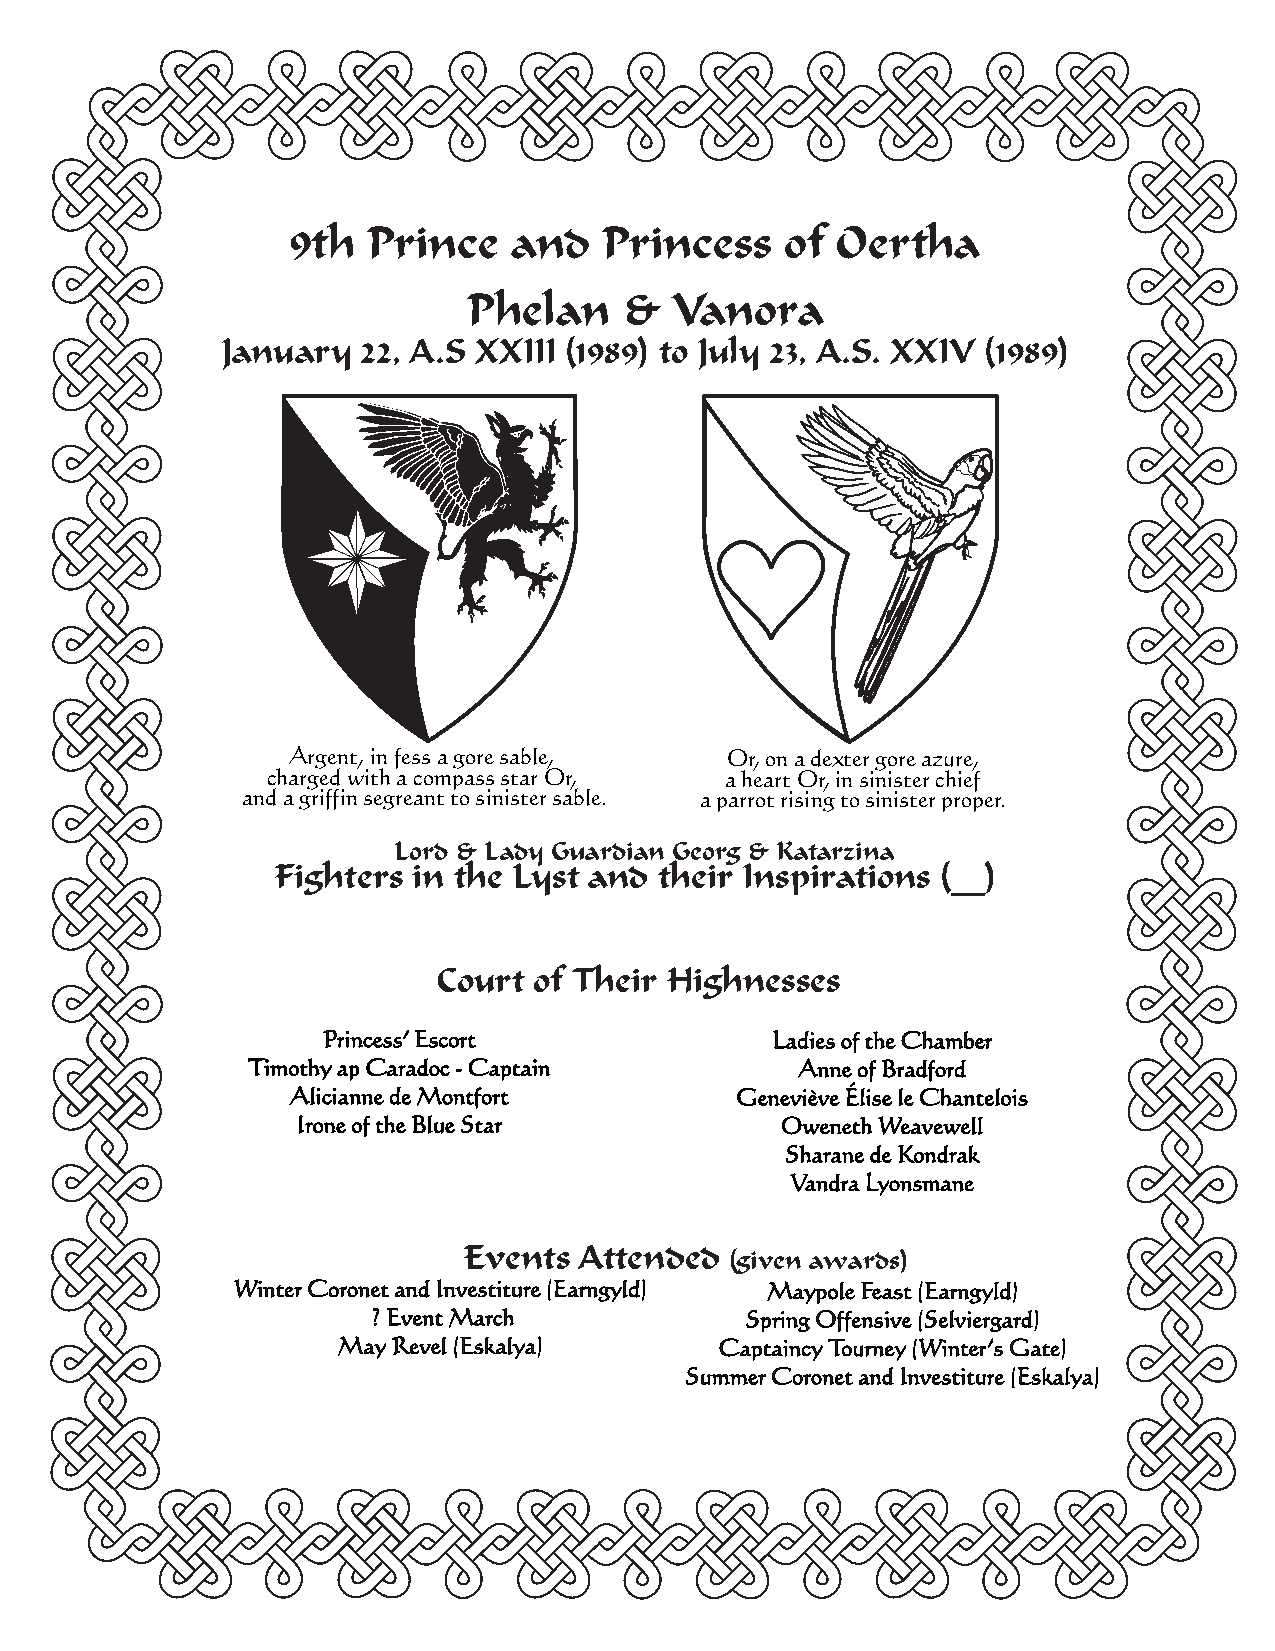
9th  Prince    and   Princess    of Oertha
 Phelan    &  Vanora
 January  22, A.S XXIII (1989) to July 23, A.S. XXIV (1989)
 Argent, in fess a gore sable, Or, on a dexter gore azure,
 charged with a compass star Or, a heart Or, in sinister chief
 and a griffin segreant to sinister sable. a parrot rising to sinister proper.
 Lord & Lady Guardian Georg & Katarzina
 Fighters in the Lyst and  their Inspirations (__)
 Court of Their Highnesses
 Princess’ Escort              Ladies of the Chamber
 Timothy ap Caradoc - Captain         Anne of Bradford
 Alicianne de Montfort         Geneviève Élise le Chantelois
 Irone of the Blue Star          Oweneth Weavewell
 Sharane de Kondrak
 Vandra Lyonsmane
 Events Attended
 (given awards)
 Winter Coronet and Investiture (Earngyld) Maypole Feast (Earngyld)
 ? Event March           Spring Offensive (Selviergard)
 May Revel (Eskalya)       Captaincy Tourney (Winter’s Gate)
 Summer Coronet and Investiture (Eskalya)